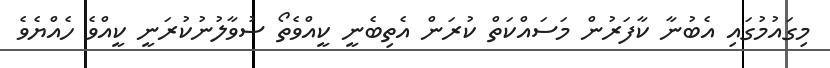
މިގައުމުގައި އެބުނާ ކާފަރުން މަސައްކަތް ކުރަން އެތިބެނީ ކީއްވެތޯ ސުވާލުނުކުރަނީ ކީއްވެ ހެއްޔެވެ